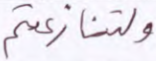
ولتنازعتم